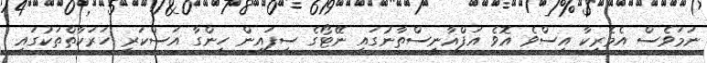
ނަމަވެސް އެމެރިކާ އިސްވެ އޮވެ އަފްޣާނިސްތާނުގައި ނޭޓޯގެ ސިފައިން ހިންގާ އަސްކަރީ ހަރަކާތްތަކުގައި